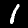
Digit: 1